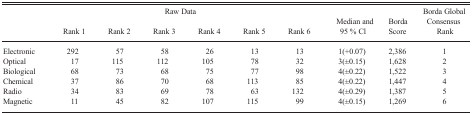
| <ROWSPAN=2>  | <COLSPAN=6> Raw Data | <ROWSPAN=2> Median and 95 % Cl | <ROWSPAN=2> Borda Score | <ROWSPAN=2> Borda Global Consensus Rank |
 | Rank 1 | Rank 2 | Rank 3 | Rank 4 | Rank 5 | Rank 6 |
 | --- | --- | --- | --- | --- | --- | --- | --- | --- | --- |
 | Electronic | 292 | 57 | 58 | 26 | 13 | 13 | 1(+0.07) | 2,386 | 1 |
 | Optical | 17 | 115 | 112 | 105 | 78 | 32 | 3(±0.15) | 1,628 | 2 |
 | Biological | 68 | 73 | 68 | 75 | 77 | 98 | 4(±0.22) | 1,522 | 3 |
 | Chemical | 37 | 86 | 70 | 68 | 113 | 85 | 4(±0.22) | 1,447 | 4 |
 | Radio | 34 | 83 | 69 | 78 | 63 | 132 | 4(±0.29) | 1,387 | 5 |
 | Magnetic | 11 | 45 | 82 | 107 | 115 | 99 | 4(±0.15) | 1,269 | 6 |